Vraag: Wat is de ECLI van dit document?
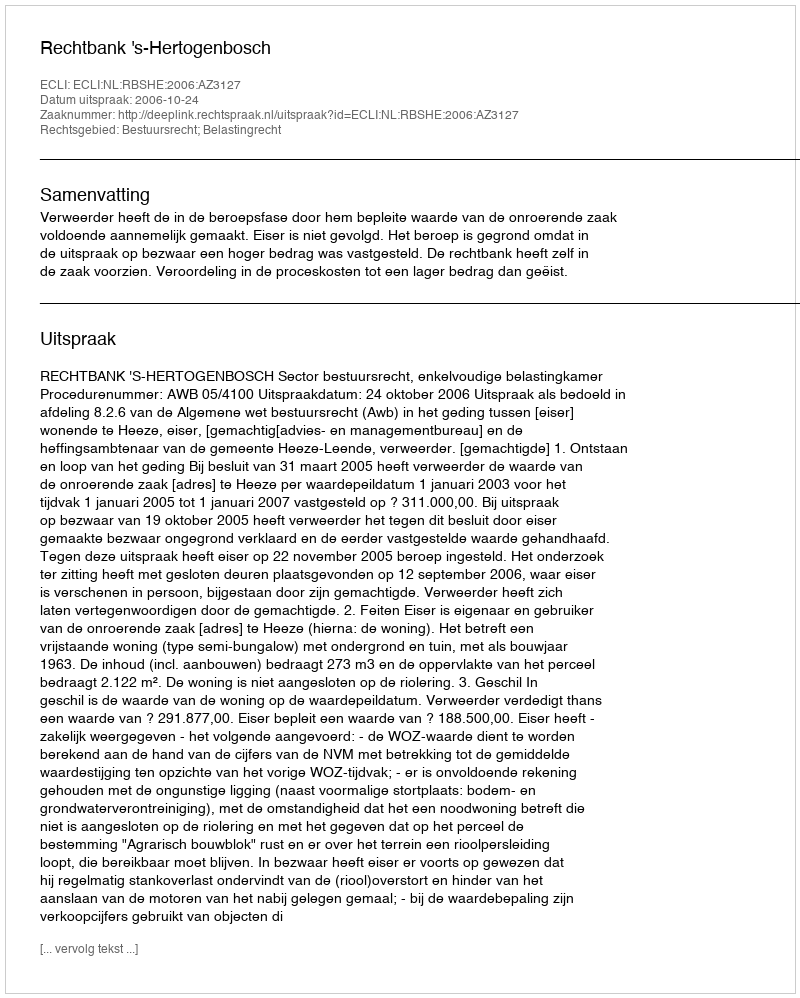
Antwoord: ECLI:NL:RBSHE:2006:AZ3127